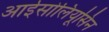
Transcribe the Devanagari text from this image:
आईसोलियूसिन